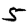
Digit: 5